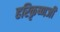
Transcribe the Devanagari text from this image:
हरिकृष्णजी